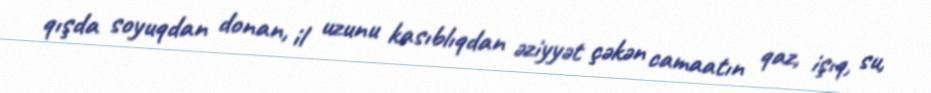
qışda soyuqdan donan, il uzunu kasıblıqdan əziyyət çəkən camaatın qaz, işıq, su,